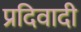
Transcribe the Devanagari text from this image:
प्रदिवादी